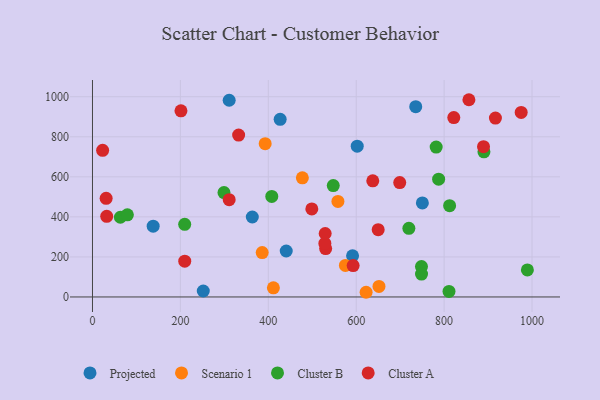
{"axis": {"x": "Engine Size", "y": "Profit"}, "legend": ["Cluster A", "Cluster B", "Projected", "Scenario 1"], "data": [{"x": "602.3", "y": 752.8, "type": "Projected"}, {"x": "363.6", "y": 399.4, "type": "Projected"}, {"x": "750.5", "y": 469.5, "type": "Projected"}, {"x": "591.7", "y": 205.5, "type": "Projected"}, {"x": "252.1", "y": 29.7, "type": "Projected"}, {"x": "311.0", "y": 982.5, "type": "Projected"}, {"x": "440.8", "y": 229.5, "type": "Projected"}, {"x": "138.1", "y": 353.5, "type": "Projected"}, {"x": "427.0", "y": 887.3, "type": "Projected"}, {"x": "735.4", "y": 950.1, "type": "Projected"}, {"x": "386.1", "y": 221.8, "type": "Scenario 1"}, {"x": "477.5", "y": 594.9, "type": "Scenario 1"}, {"x": "392.9", "y": 765.3, "type": "Scenario 1"}, {"x": "575.4", "y": 157.6, "type": "Scenario 1"}, {"x": "622.5", "y": 23.4, "type": "Scenario 1"}, {"x": "558.4", "y": 477.0, "type": "Scenario 1"}, {"x": "411.6", "y": 45.4, "type": "Scenario 1"}, {"x": "651.8", "y": 52.6, "type": "Scenario 1"}, {"x": "407.9", "y": 502.2, "type": "Cluster B"}, {"x": "748.5", "y": 151.6, "type": "Cluster B"}, {"x": "812.5", "y": 456.1, "type": "Cluster B"}, {"x": "748.6", "y": 114.4, "type": "Cluster B"}, {"x": "299.2", "y": 521.2, "type": "Cluster B"}, {"x": "989.4", "y": 134.8, "type": "Cluster B"}, {"x": "209.8", "y": 362.7, "type": "Cluster B"}, {"x": "63.5", "y": 398.2, "type": "Cluster B"}, {"x": "79.4", "y": 410.0, "type": "Cluster B"}, {"x": "811.1", "y": 27.5, "type": "Cluster B"}, {"x": "719.8", "y": 342.8, "type": "Cluster B"}, {"x": "787.5", "y": 588.4, "type": "Cluster B"}, {"x": "781.9", "y": 748.6, "type": "Cluster B"}, {"x": "890.6", "y": 725.0, "type": "Cluster B"}, {"x": "547.8", "y": 556.2, "type": "Cluster B"}, {"x": "699.0", "y": 571.3, "type": "Cluster A"}, {"x": "593.0", "y": 156.8, "type": "Cluster A"}, {"x": "975.3", "y": 921.8, "type": "Cluster A"}, {"x": "650.0", "y": 335.8, "type": "Cluster A"}, {"x": "889.6", "y": 750.4, "type": "Cluster A"}, {"x": "32.4", "y": 402.9, "type": "Cluster A"}, {"x": "31.1", "y": 492.5, "type": "Cluster A"}, {"x": "530.5", "y": 241.8, "type": "Cluster A"}, {"x": "23.1", "y": 732.3, "type": "Cluster A"}, {"x": "856.4", "y": 985.0, "type": "Cluster A"}, {"x": "528.7", "y": 267.3, "type": "Cluster A"}, {"x": "822.0", "y": 895.7, "type": "Cluster A"}, {"x": "529.4", "y": 316.9, "type": "Cluster A"}, {"x": "637.7", "y": 580.1, "type": "Cluster A"}, {"x": "311.0", "y": 485.7, "type": "Cluster A"}, {"x": "209.9", "y": 178.5, "type": "Cluster A"}, {"x": "332.5", "y": 808.4, "type": "Cluster A"}, {"x": "201.3", "y": 929.7, "type": "Cluster A"}, {"x": "916.7", "y": 893.2, "type": "Cluster A"}, {"x": "499.0", "y": 439.5, "type": "Cluster A"}]}